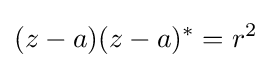
(z-a)(z-a)^{*}=r^{2}